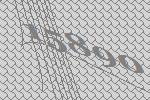
15890